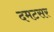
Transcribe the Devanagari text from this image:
दमटसर